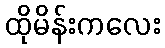
ထိုမိန်းကလေး